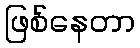
ဖြစ်နေတာ